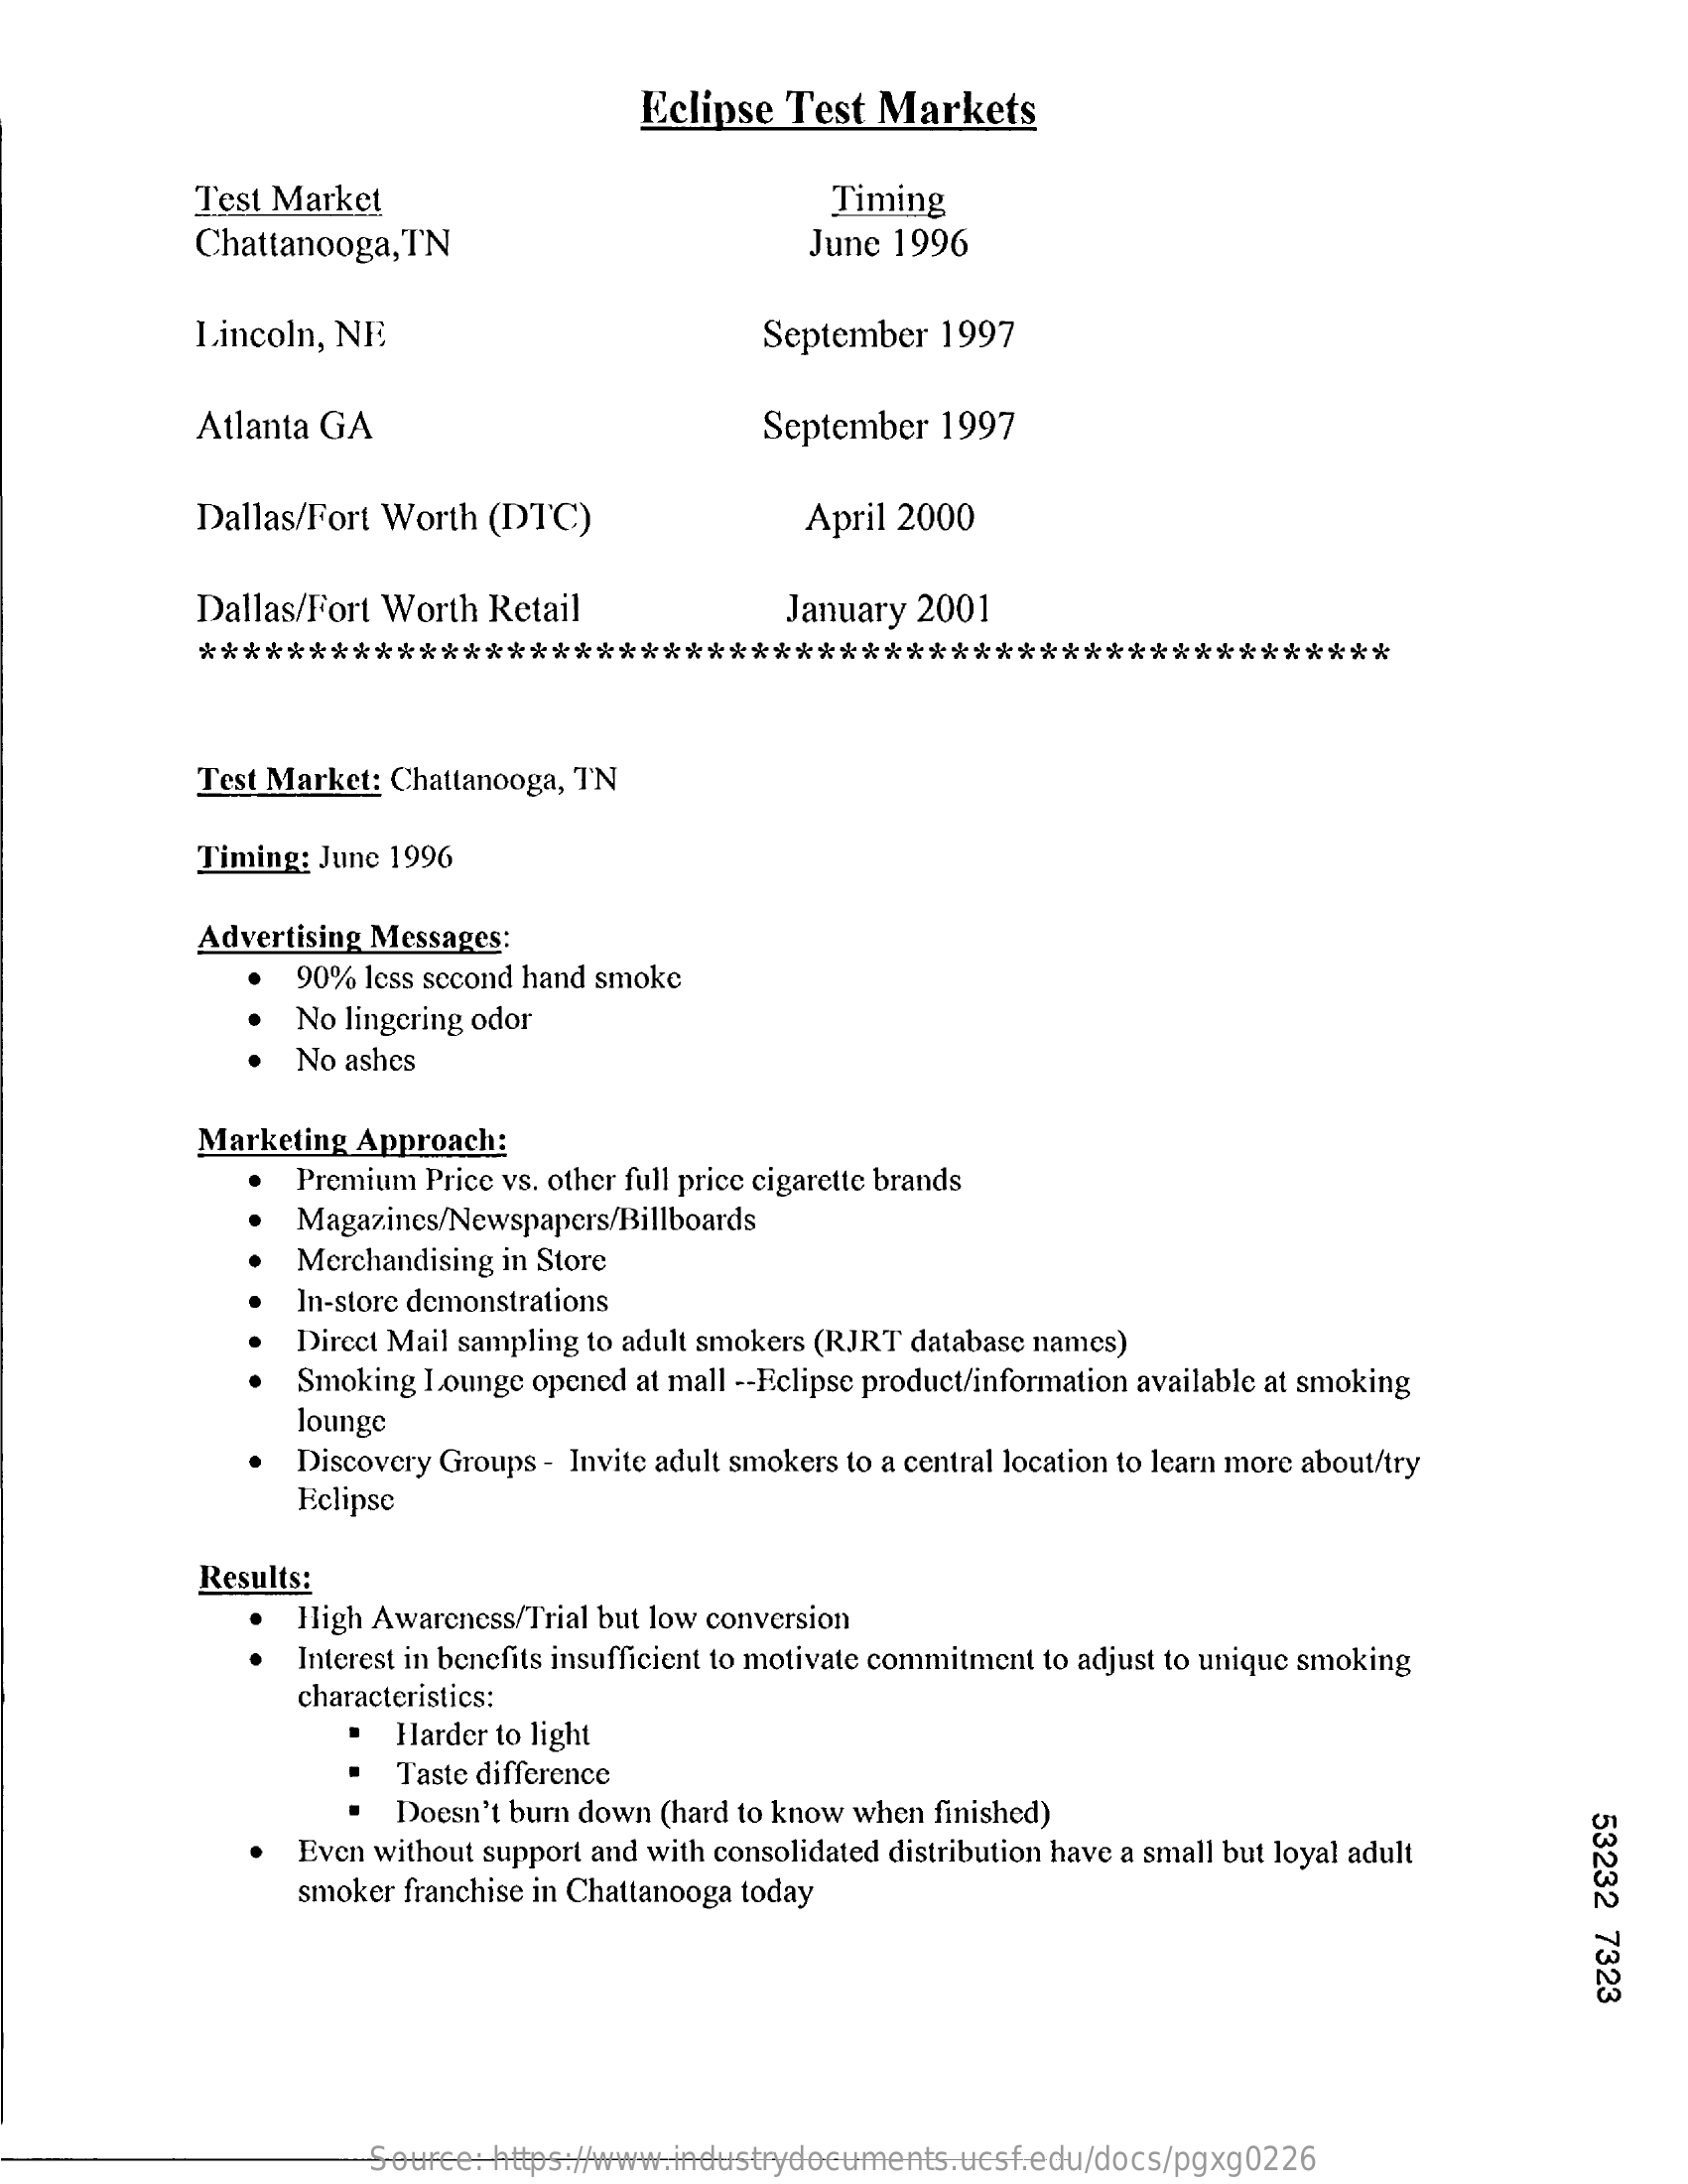
Eclipse  Test  Markets
     Test Market    Timing
     Chattanooga,  TN    June 1996
     Lincoln, NE    September  1997
     Atlanta GA    September  1997
     Dallas/Fort Worth  (DTC)    April 2000
     Dallas/Fort Worth  Retail    January 2001
     ******************************************************
     Test Market: Chattanooga, TN
     Timing: June 1996
     Advertising Messages:
     90% less second hand smoke
     No lingering odor
     No  ashes
     Marketing Approach:
     Premium Price vs. other full price cigarette brands
     Magazines/Newspapers/Billboards
     Merchandising in Store
     In-store demonstrations
     Direct Mail sampling to adult smokers (RJRT database names)
     Smoking  Lounge opened at mall -- Eclipse product/information available at smoking
     lounge
     Discovery Groups - Invite adult smokers to a central location to learn more about/try
     Eclipse
     Results:
     High Awareness/Trial but low conversion
     Interest in benefits insufficient to motivate commitment to adjust to unique smoking
     characteristics:
     Harder to light
     Taste difference
     Doesn't burn down (hard to know when finished)
     53232
     7323
     Even without support and with consolidated distribution have a small but loyal adult
     smoker franchise in Chattanooga today
     Source: https://www.industrydocuments.ucsf.edu/docs/pgxg0226